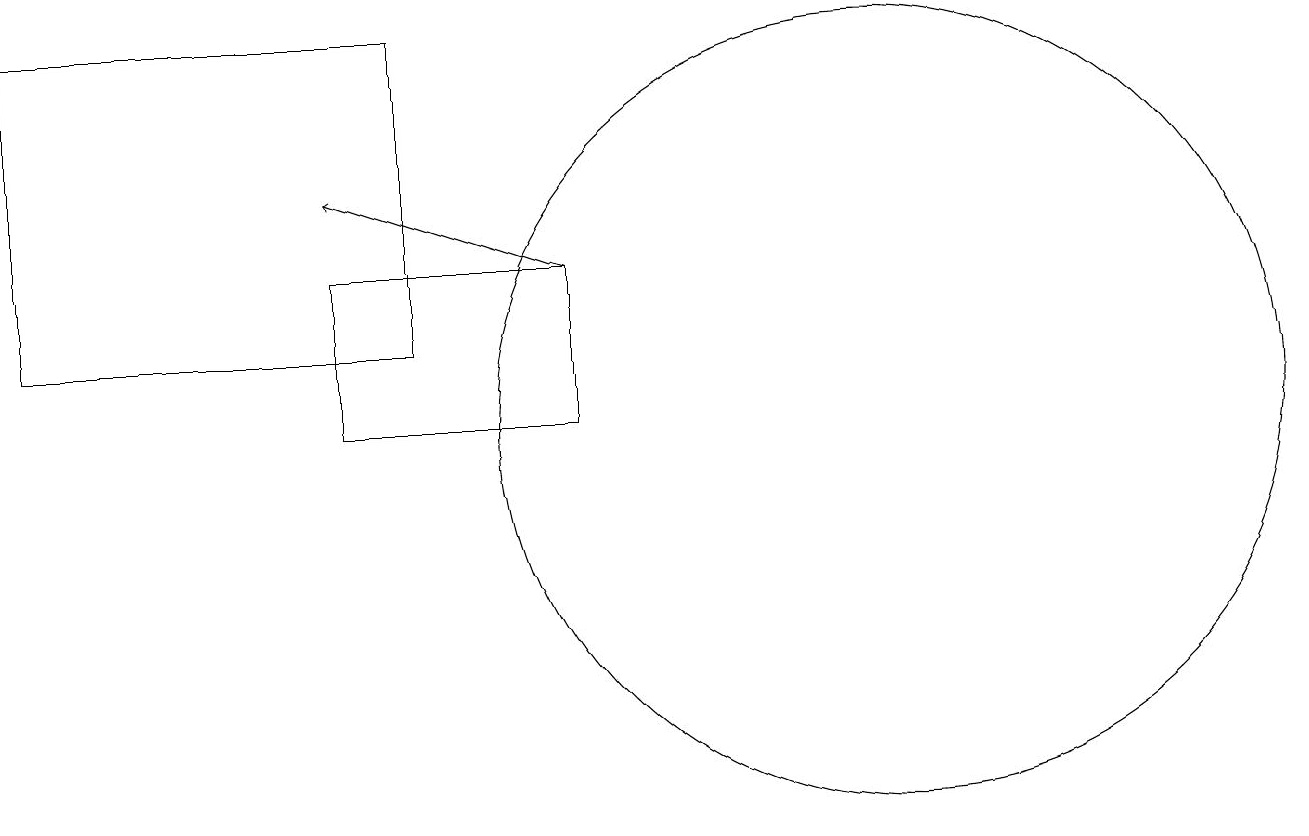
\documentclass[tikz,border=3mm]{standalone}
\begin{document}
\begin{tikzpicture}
\draw (7,12) rectangle (4,10);
\draw (11,10) circle (5);
\draw (5,11) rectangle (0,15);
\draw[->] (7,12) -- (4,13);
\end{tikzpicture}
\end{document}